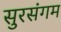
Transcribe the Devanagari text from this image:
सुरसंगम